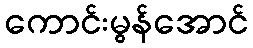
ကောင်းမွန်အောင်